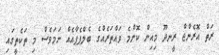
ރަތް އޮރެންޖް ރީނދޫ މިއިން ކޮންމެ ވައްތަރެއްގެ ބެލްޕެޕާއެއް ނަމަވެސް މި ތަކެތީގައި